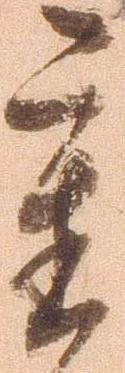
重